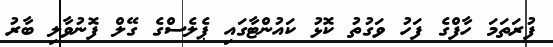
ފުރަތަމަ ހާފްގެ ފަހު ވަގުތު ކޮޅު ކައުންޓާގައި ޕެލެސްގެ ގޭލް ފޮނުވާލި ބާރު